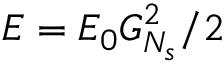
E = E _ { 0 } G _ { N _ { s } } ^ { 2 } / 2